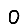
Digit: 0